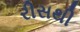
રીસથી